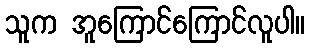
သူက အူကြောင်ကြောင်လူပါ။